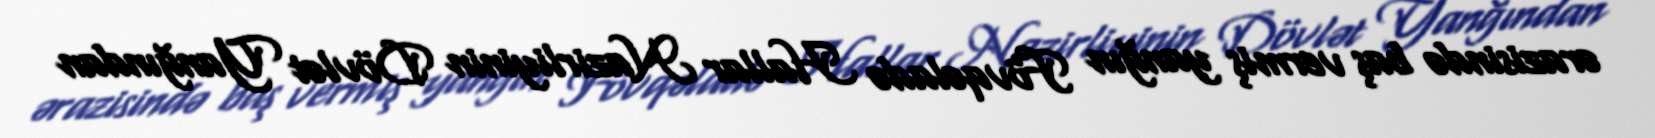
ərazisində baş vermiş yanğın Fövqəladə Hallar Nazirliyinin Dövlət Yanğından